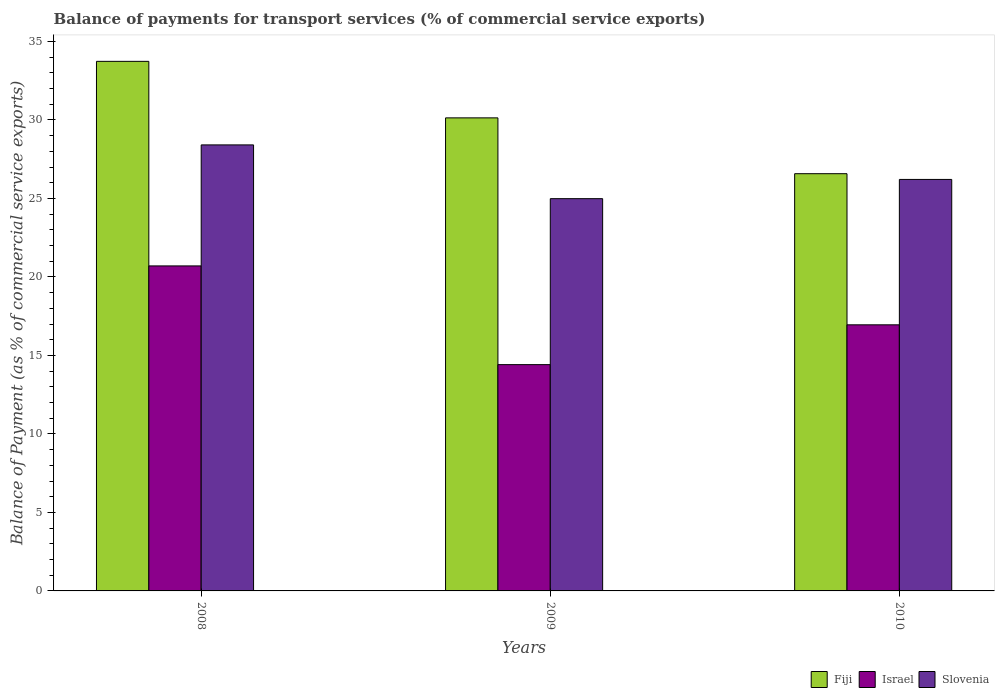
| Years | Fiji | Israel | Slovenia |
 | --- | --- | --- | --- |
 | 2008 | 33.7 | 20.7 | 28.4 |
 | 2009 | 30.1 | 14.4 | 25 |
 | 2010 | 26.6 | 16.9 | 26.2 |